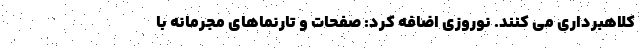
کلاهبرداری می کنند. نوروزی اضافه کرد: صفحات و تارنماهای مجرمانه با